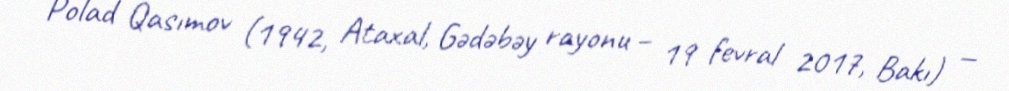
Polad Qasımov (1942, Ataxal, Gədəbəy rayonu – 19 fevral 2017, Bakı) —